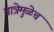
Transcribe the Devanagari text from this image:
यात्रेमुळेच